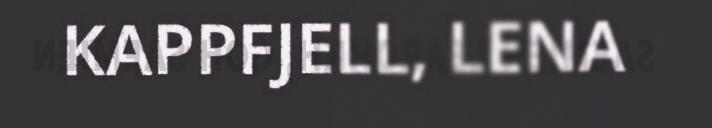
KAPPFJELL, LENA